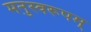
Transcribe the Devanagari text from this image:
मनुस्वरूपम्